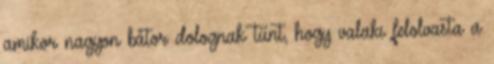
amikor nagyon bátor dolognak tűnt, hogy valaki felolvasta a